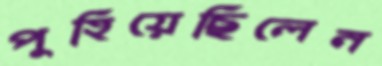
পুহিয়েছিলেন